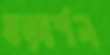
ষড়্‌দর্শন